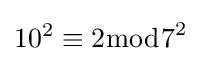
10^{2}\equiv 2{\bmod {7}}^{2}